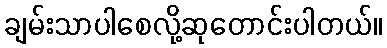
ချမ်းသာပါစေလို့ဆုတောင်းပါတယ်။